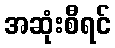
အဆုံးစီရင်